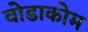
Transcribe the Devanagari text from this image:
वोडाकोम